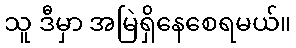
သူ ဒီမှာ အမြဲရှိနေစေရမယ်။